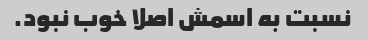
نسبت به اسمش اصلا خوب نبود.